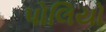
પોલિયો